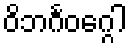
ဝိဘင်္ဂဝဂ္ဂေါ